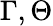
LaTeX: \Gamma,\Theta